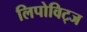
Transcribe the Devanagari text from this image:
लिपोविट्ज